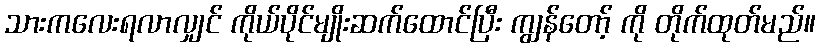
သားကလေးရလာလျှင် ကိုယ်ပိုင်မျိုးဆက်ထောင်ပြီး ကျွန်တော့် ကို တိုက်ထုတ်မည်။